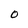
Character: o